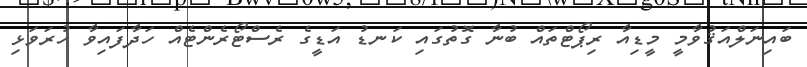
ބައިނަލްއަޤުވާމީ މީޑިއާ ރިޕޯޓްތައް ބުނާ ގޮތުގައި ކަނޑު އަޑީގެ ރެސްޓޯރެންޓެއް ހަދާފައިވާ ހުރަވަޅި